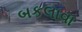
બકલાવા